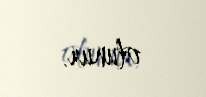
olunur.